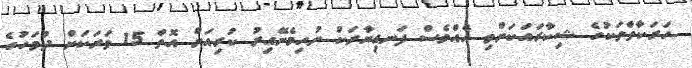
ހަރަކާތްތަކުގެ ޝިކާރައަކަށްވި އެއްވެސް ފަނޑިޔާރަކު ނުހިމެނޭއިރު ކުރިއަށް އޮތް 15 ވަރަކަށް ދުވަހުގެ